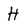
Character: H